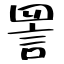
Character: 詈